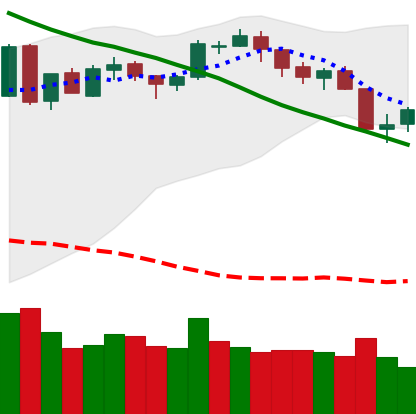
Ticker: BTC-USD
Chart end date: 2018-05-13
Forward return: -5.422%
Label: down_5_7